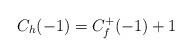
LaTeX: \begin{align*}C_{h}(-1)=C_{f}^{+}(-1)+1\end{align*}